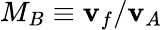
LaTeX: M_{B}\equiv\mathbf{v}_{f}/\mathbf{v}_{A}